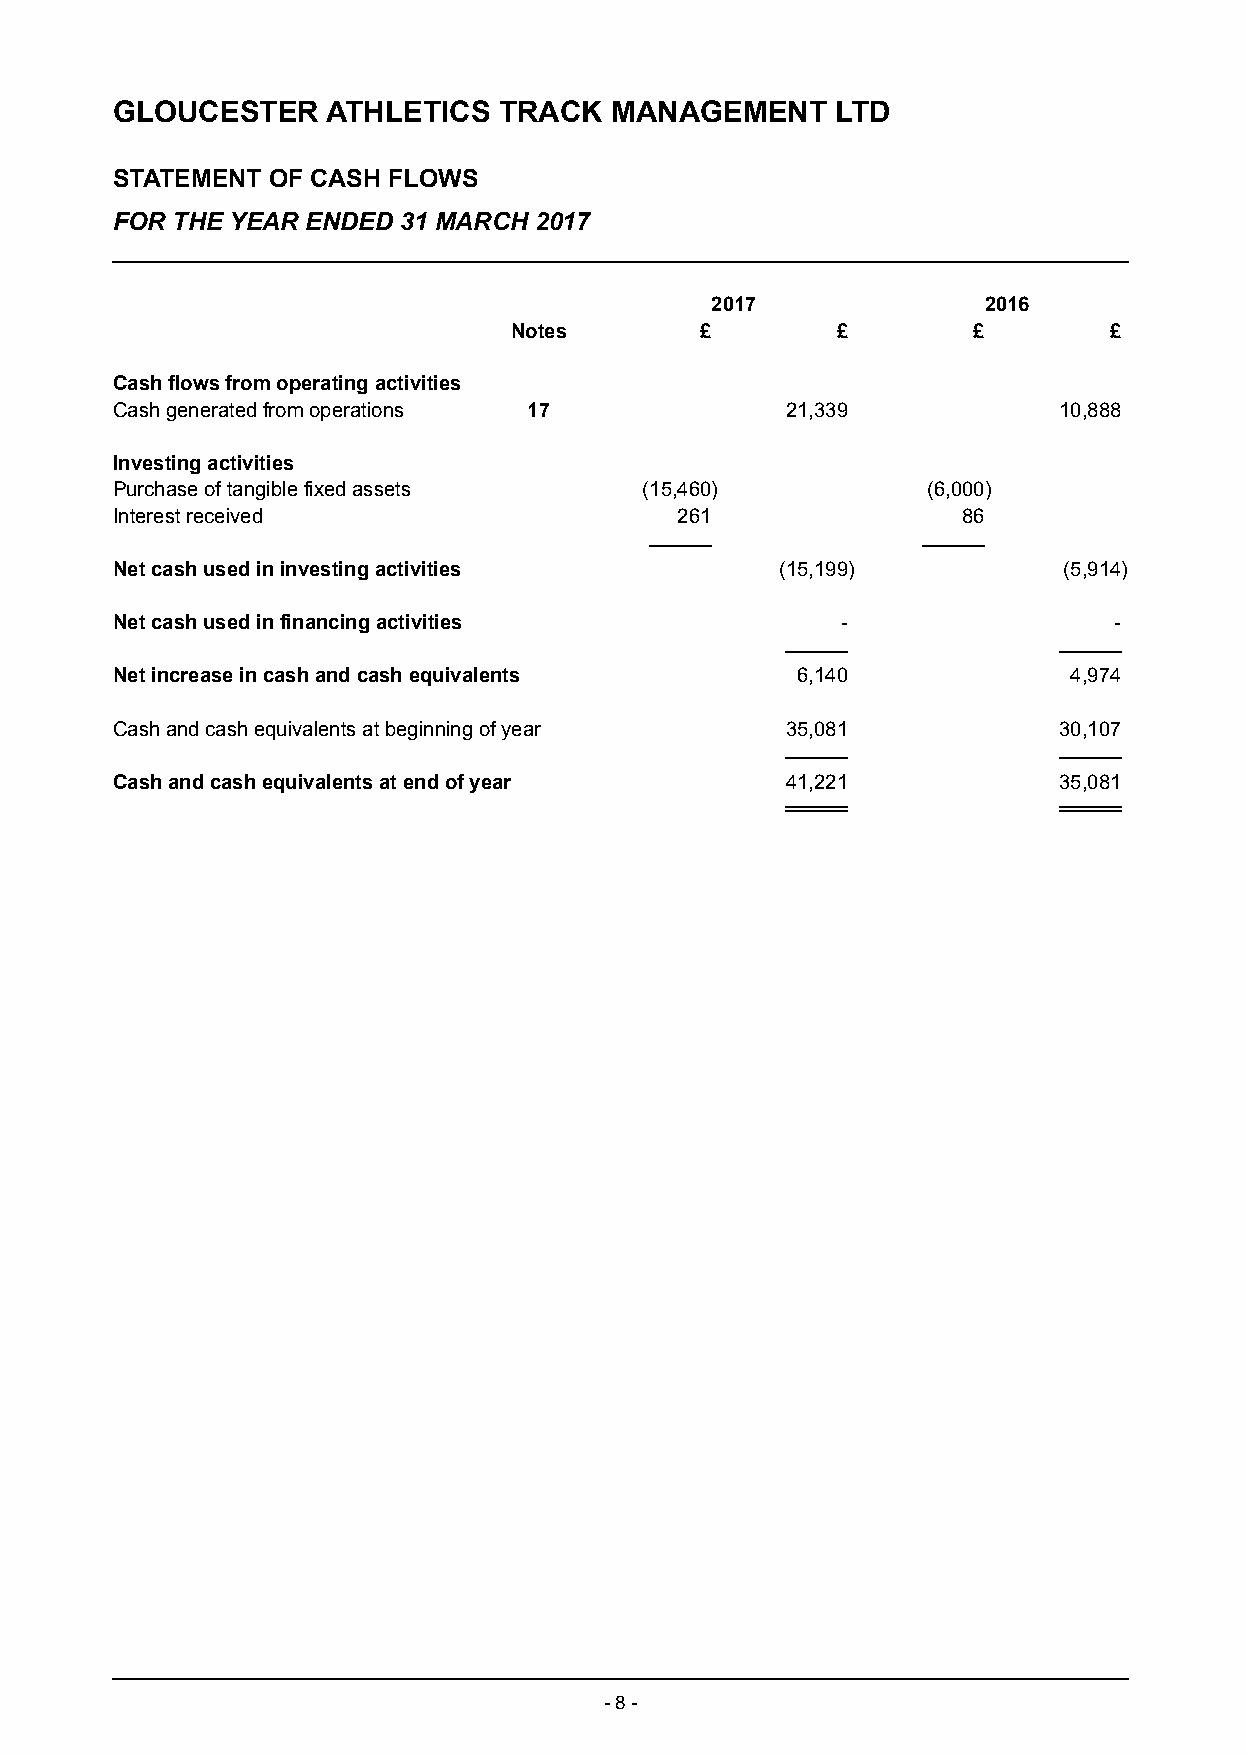
GLOUCESTER     ATHLETICS  TRACK  MANAGEMENT     LTD
 STATEMENT  OF CASH FLOWS
 FOR THE YEAR ENDED 31 MARCH 2017
 2017              2016
 Notes       £        £        £        £
 Cash flows from operating activities
 Cash generated from operations 17            21,339            10,888
 Investing activities
 Purchase of tangible fixed assets   (15,460)          (6,000)
 Interest received                     261                86
 Net cash used in investing activities        (15,199)          (5,914)
 Net cash used in financing activities            -                 -
 Net increase in cash and cash equivalents     6,140             4,974
 Cash and cash equivalents at beginning of year 35,081          30,107
 Cash and cash equivalents at end of year     41,221            35,081
 - 8 -